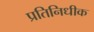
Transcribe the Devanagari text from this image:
प्रतिनिधीक